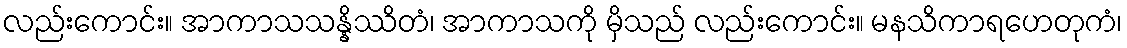
လည်းကောင်း။ အာကာသသန္နိဿိတံ၊ အာကာသကို မှိသည် လည်းကောင်း။ မနသိကာရဟေတုကံ၊